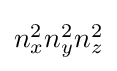
{\textstyle n_{x}^{2}n_{y}^{2}n_{z}^{2}}